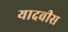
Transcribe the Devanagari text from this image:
यादवीस